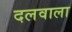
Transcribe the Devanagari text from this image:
दलवाला